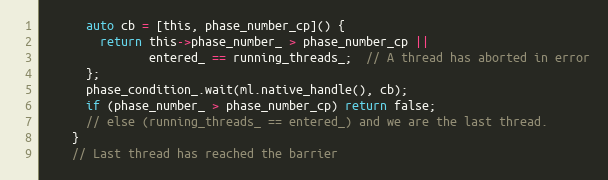
Language: C
      auto cb = [this, phase_number_cp]() {
        return this->phase_number_ > phase_number_cp ||
               entered_ == running_threads_;  // A thread has aborted in error
      };
      phase_condition_.wait(ml.native_handle(), cb);
      if (phase_number_ > phase_number_cp) return false;
      // else (running_threads_ == entered_) and we are the last thread.
    }
    // Last thread has reached the barrier